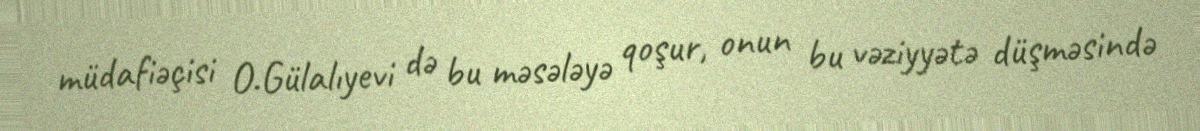
müdafiəçisi O.Gülalıyevi də bu məsələyə qoşur, onun bu vəziyyətə düşməsində